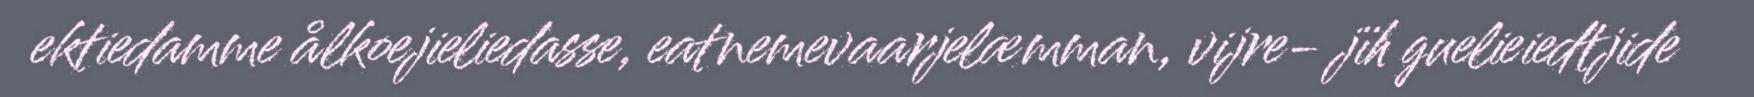
ektiedamme ålkoejieliedasse, eatnemevaarjelæmman, vijre- jïh guelieiedtjide